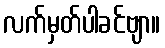
လက်မှတ်ပါခင်ဗျာ။